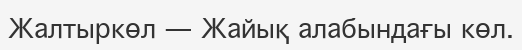
Жалтыркөл — Жайық алабындағы көл.